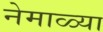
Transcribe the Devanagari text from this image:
नेमाळ्या